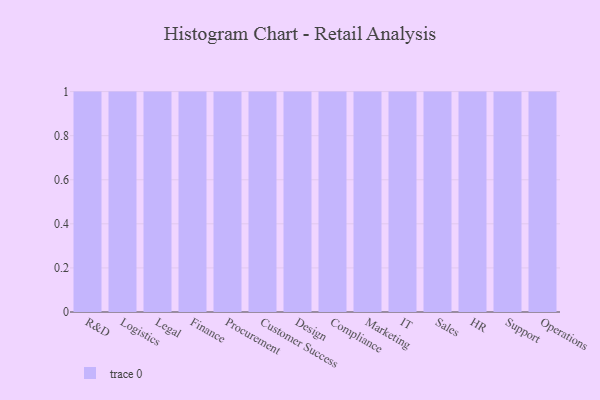
{"axis": {"x": "Department", "y": "Satisfaction Score"}, "legend": [""], "data": [{"x": "R&D", "y": 57, "type": ""}, {"x": "Logistics", "y": 41, "type": ""}, {"x": "Legal", "y": 90, "type": ""}, {"x": "Finance", "y": 85, "type": ""}, {"x": "Procurement", "y": 82, "type": ""}, {"x": "Customer Success", "y": 83, "type": ""}, {"x": "Design", "y": 97, "type": ""}, {"x": "Compliance", "y": 72, "type": ""}, {"x": "Marketing", "y": 70, "type": ""}, {"x": "IT", "y": 34, "type": ""}, {"x": "Sales", "y": 50, "type": ""}, {"x": "HR", "y": 19, "type": ""}, {"x": "Support", "y": 13, "type": ""}, {"x": "Operations", "y": 83, "type": ""}]}